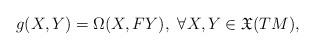
LaTeX: \begin{align*} g(X,Y)=\Omega(X,FY), \,\,\forall X,Y\in \mathfrak{X}(TM),\end{align*}